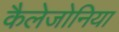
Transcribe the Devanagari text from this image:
कैलेजोनिया